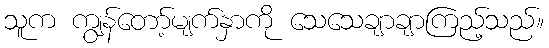
သူက ကျွန်တော့်မျက်နှာကို သေသေချာချာကြည့်သည်။